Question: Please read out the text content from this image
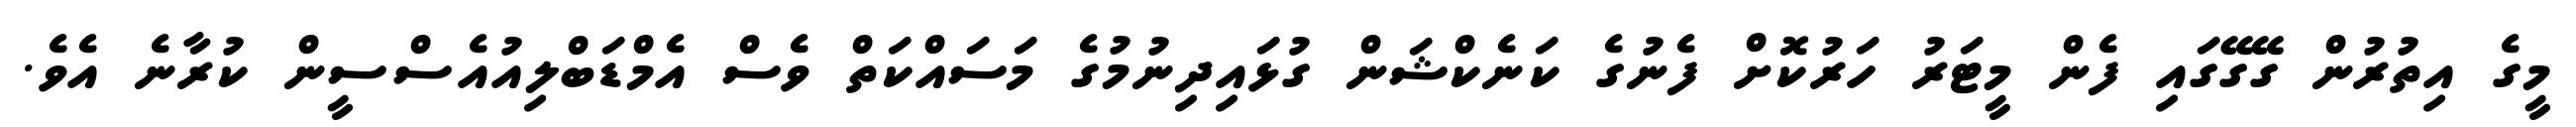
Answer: މީގެ އިތުރުން ގޭގޭގައި ފެން މީޓަރު ހަރުކޮށް ފެނުގެ ކަނެކްޝަން ގުޅައިދިނުމުގެ މަސައްކަތް ވެސް އެމްޑަބްލިއުއެސްސީން ކުރާނެ އެވެ.